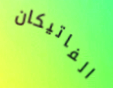
الفاتيكان